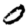
Digit: 0